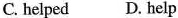
C. helped D. help